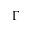
\Gamma